Report of the Municipal Commissioner on the plague in Bombay for the year ending 31st May... - Volume 2
Disease focus: Plague
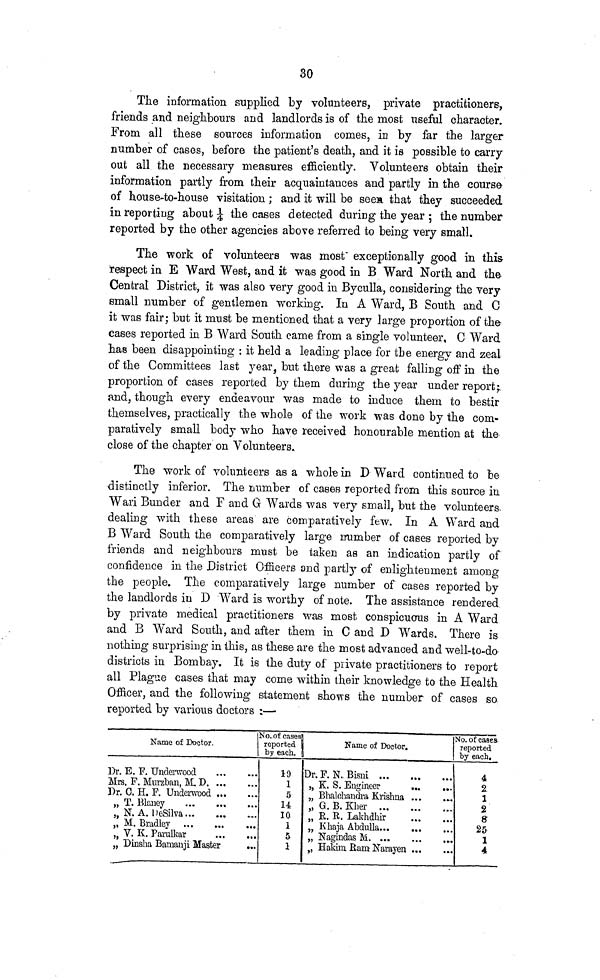
30
The information supplied by volunteers, private practitioners,
friends and neighbours and landlords is of the most useful character.
From all these sources information comes, in by far the larger
number of cases, before the patient's death, and it is possible to carry
out all the necessary measures efficiently. Volunteers obtain their
information partly from their acquaintances and partly in the course
of house-to-house visitation; and it will be seen that they succeeded
in reporting about ¼ the cases detected during the year ; the number
reported by the other agencies above referred to being very small.
The work of volunteers was most" exceptionally good in this
respect in E Ward West, and it was good in B Ward North and the
Central District, it was also very good in Byculla, considering the very
small number of gentlemen working. In A Ward, B South and C
it was fair; but it must be mentioned that a very large proportion of the-
cases reported in B Ward South came from a single volunteer, C Ward
has been disappointing : it held a leading place for the energy and zeal
of the Committees last year, but there was a great falling off in the
proportion of cases reported by them during the year under report-
and, though every endeavour was made to induce them to bestir
themselves, practically the whole of the work was done by the com-
paratively small body who have received honourable mention at the
close of the chapter on Volunteers.
The work of volunteers as a whole in D Ward continued to be
distinctly inferior. The number of cases reported from this source in
Wari Bunder and F and G Wards was very small, but the volunteers-
dealing with these areas are comparatively few. In A Ward and
B Ward South the comparatively large number of cases reported by
friends and neighbours must be taken as an indication partly of
confidence in the District Officers 2nd partly of enlightenment among
the people. The comparatively large number of cases reported by
the landlords in D Ward is worthy of note. The assistance rendered
by private medical practitioners was most conspicuons in A Ward
and B Ward South, and after them in C and D Wards. There is
nothing surprising in this, as these are the most advanced and well-to-do
districts in Bombay. It is the duty of private practitioners to report
all Plague cases that may come within their knowledge to the Health
Officer, and the following statement shows the number of cases so
reported by various doctors :—
Name of Doctor.
Dr. E. F. Underwood
Mrs. F. Murzban, M. D.
Dr. C. H. F. Underwood
„ T. Blaney
„ N. A. DeSilva...
„ M. Bradley ...
„ V. K. Paralkar
.,
„ Dinsha Bamanji Master
No. of cases
reported
by each.
19
1
5
14
10
1
5
1
Name of Doctor.
Dr. F. N. Bisni ...
,, K. S. Engineer
„ Bhalchandra Krishna
„ G. B. Kber ...
„ R. E. Lakhdhir
„ Khaja Abdulla...
„ Nagindas M. ...
"Hakim Ram- Narayen
. .
No. of cases,
reported
by each.
4
2.
1
2
8
25
1
4